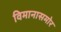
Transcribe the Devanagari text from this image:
विमानासमोर